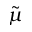
\tilde { \mu }